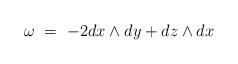
LaTeX: \begin{align*}\omega \ = \ -2 dx \wedge dy + dz \wedge dx\end{align*}